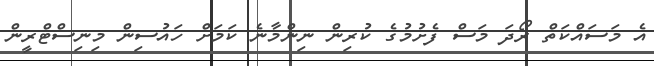
އެ މަސައްކަތް ރޯދަ މަސް ފެށުމުގެ ކުރިން ނިންމާނެ ކަމަށް ހައުސިން މިނިސްޓްރީން